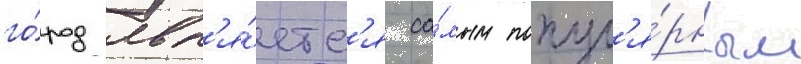
го́род явл'я́етс'я са́мым попул'я́рным